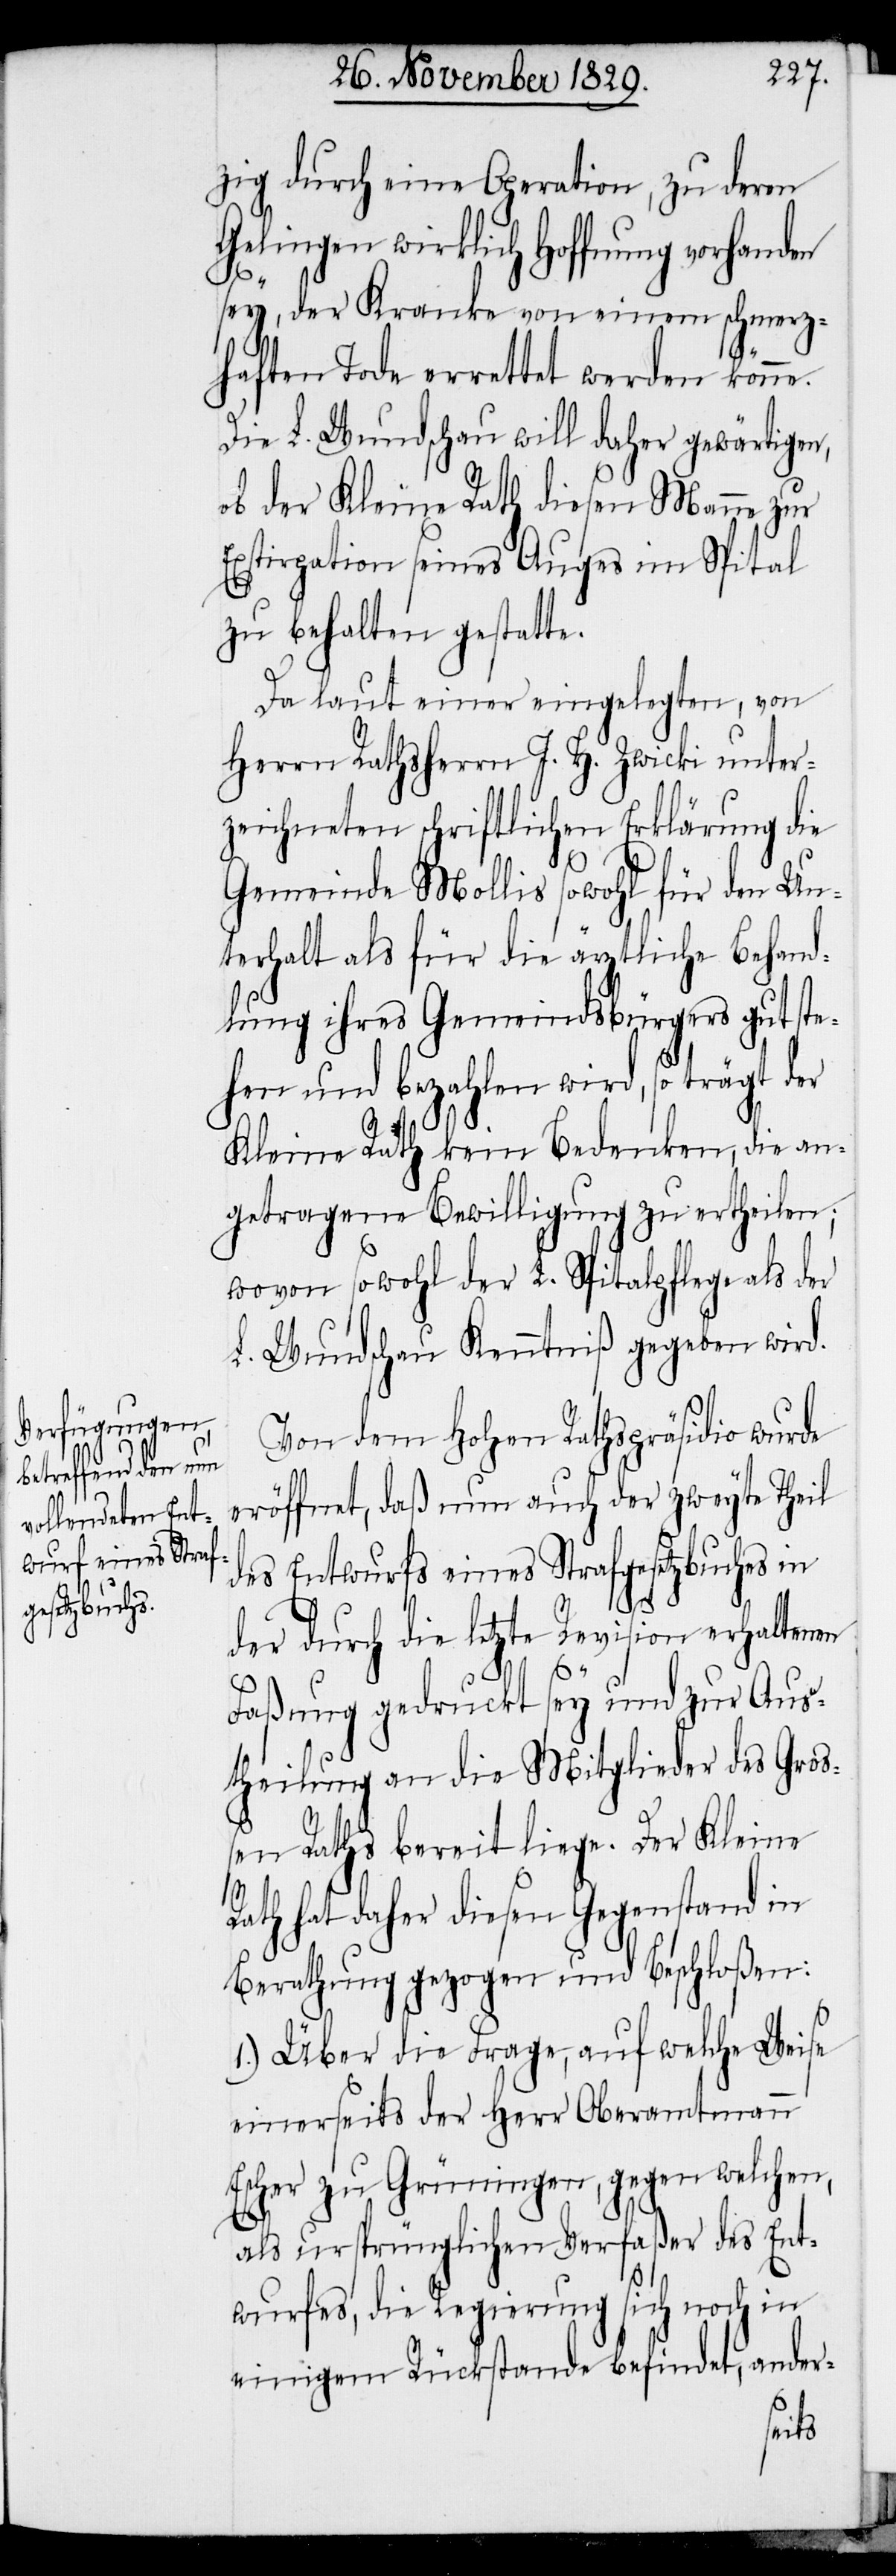
zig durch eine Operation, zu deren
Gelingen wirklich Hoffnung vorhanden
sey, der Kranke von einem schmerz¬
haften Tode errettet werden könne.
Die L. Wundschau will daher gewärtigen,
ob der Kleine Rath diesen Manne zur
Exstirpation seines Auges im Spital
zu behalten gestatte.
Da laut einer eingelegten, von
Herrn Rathsherrn J. H. Zwicki unter¬
zeichneten schriftlichen Erklärung die
Gemeinde Mollis sowohl für den Un¬
terhalt als für die ärztliche Behand¬
lung ihres Gemeindbürgers gut ste¬
hen und bezahlen wird, so trägt der
Kleine Rath kein Bedenken, die an¬
getragene Bewilligung zu ertheilen;
wovon sowohl der L. Spitalpflege als der
L. Wundschau Kenntniß gegeben wird.
Von dem Hohen Rathspräsidio wurde
eröffnet, daß nun auch der zweyte Theil
des Entwurfs eines Strafgesetzbuches in
der durch die letzte Revision erhaltenen
Faßung gedruckt sey und zur Aus¬
theilung an die Mitglieder des Groß¬
en Raths bereit liege. Der Kleine
Rath hat daher diesen Gegenstand in
Berathung gezogen und beschloßen:
1.) Über die Frage, auf welche Weise
einerseits der Herr Oberamtmann
Escher zu Grüningen, gegen welchen,
als ursprünglichen Verfaßer des Ent¬
wurfes, die Regierung sich noch in
einigem Rückstande befindet, ander-